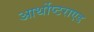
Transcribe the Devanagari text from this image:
आर्थोप्टराएड